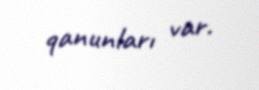
qanunları var.